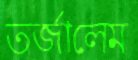
তর্জালেম